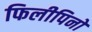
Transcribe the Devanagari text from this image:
फिलीपिनो